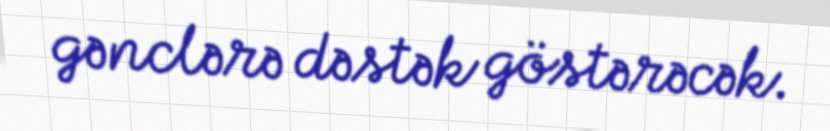
gənclərə dəstək göstərəcək.